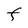
Character: F